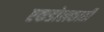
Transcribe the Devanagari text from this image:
एकडोलकाठी